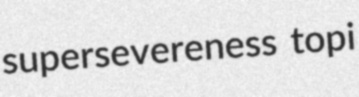
supersevereness topi